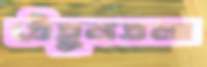
তেঁতুলতলা